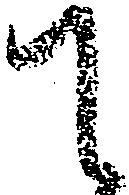
て